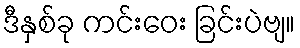
ဒီနှစ်ခု ကင်းဝေး ခြင်းပဲဗျ။